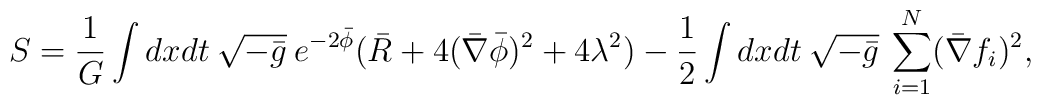
S=\frac{1}{G}\int dxdt\:\sqrt{-\bar{g}} \:e^{-2\bar{\phi}}(\bar{R}+4(\bar{\nabla} \bar{\phi})^2+4\lambda^2)-\frac{1}{2}\int dxdt\:\sqrt{-\bar{g}}\: \sum_{i=1}^N(\bar{\nabla}f_i)^2,